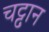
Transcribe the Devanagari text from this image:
चट्ट़ान